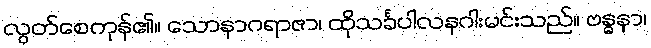
လွတ်စေကုန်၏။ သောနာဂရာဇာ၊ ထိုသင်္ခပါလနဂါးမင်းသည်။ ဗန္ဓနာ၊